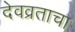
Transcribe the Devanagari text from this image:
देवव्रताचा